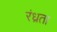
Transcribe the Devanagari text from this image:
रंध्रता